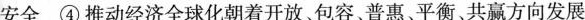
安全 ④推动经济全球化朝着开放、包容、普惠、平衡、共赢方向发展